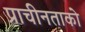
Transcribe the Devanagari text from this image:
प्राचीनताको